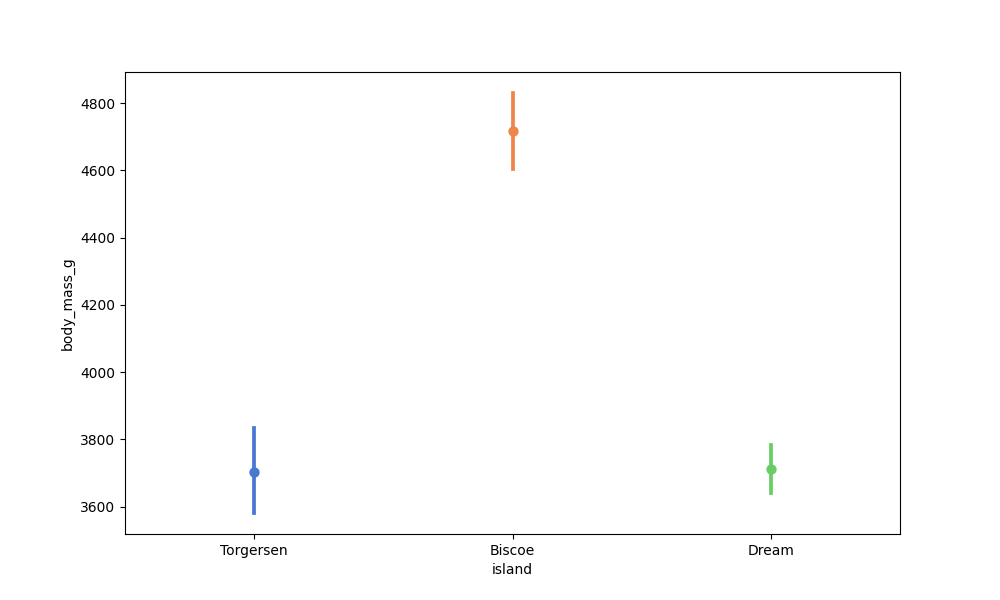
python, seaborn, pointplot, scale=1.0, join=False, hue='None', palette='muted'